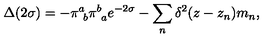
\Delta ( 2 \sigma ) = - \pi _ { \ b } ^ { a } \pi _ { \ a } ^ { b } e ^ { - 2 \sigma } - \sum _ { n } \delta ^ { 2 } ( z - z _ { n } ) m _ { n } ,